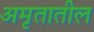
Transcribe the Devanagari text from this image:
अमृतातील